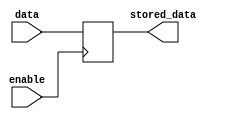
module enable_latch (
    input wire enable,
    input wire data,
    output reg stored_data
);

always @(posedge enable)
begin
    if (enable)
        stored_data <= data;
end

endmodule